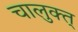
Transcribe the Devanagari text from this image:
चालुक्त्